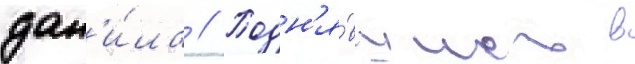
дан'и́ла // Подн'я́вшись в